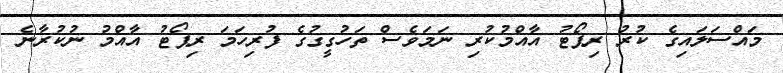
މައްސަލައިގެ ކުރު ރިޕޯޓު އާއްމުކުރި ނަމަވެސް ތަހުގީގުގެ ފުރިހަމަ ރިޕޯޓު އާއްމު ނުކުރާނެ